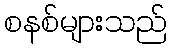
စနစ်များသည်